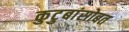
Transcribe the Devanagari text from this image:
कुटुबांसोबत